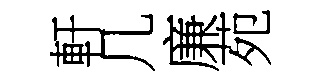
軒几廉苑